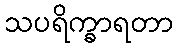
သပရိက္ခာရတာ